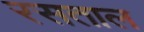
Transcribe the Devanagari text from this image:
रसताल